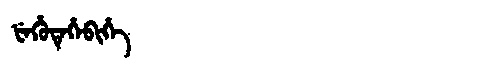
Manchu: ᡶᡝᡥᡠᡨᡝᡥᡝᠪᡳᡥᡝ
Romanization: FEHUTEHEBIHE